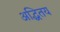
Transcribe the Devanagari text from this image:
अद्धितय